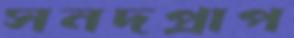
সনদপ্রাপ